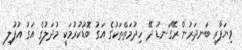
ވިޔަފާރި ބަނދަރުން ރޭގަނޑު ދޭ ހިދުމަތްތަކުގެ އަގު ބޮޑުކުރުމަކީ މުދަލުގެ އަގު އުފުލި